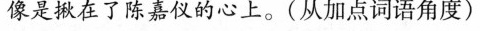
像是在了陈嘉仪的心上。(从加点词语角度)